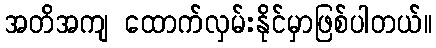
အတိအကျ ထောက်လှမ်းနိုင်မှာဖြစ်ပါတယ်။